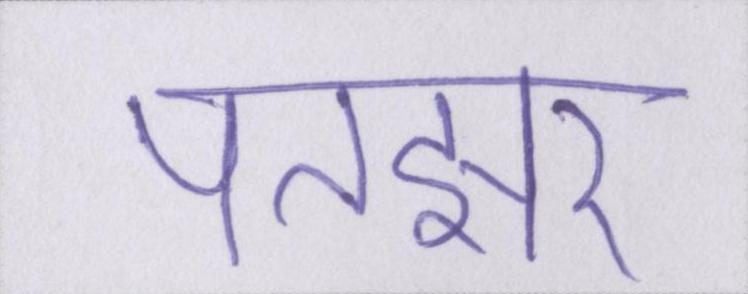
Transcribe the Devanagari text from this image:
पतझर